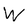
Character: W